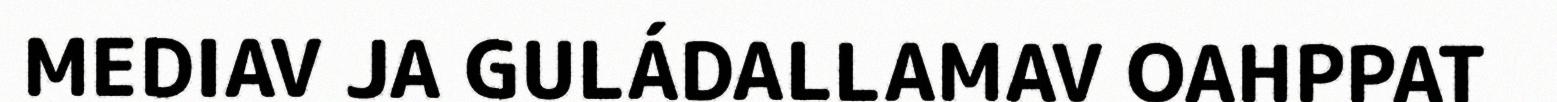
MEDIAV JA GULÁDALLAMAV OAHPPAT